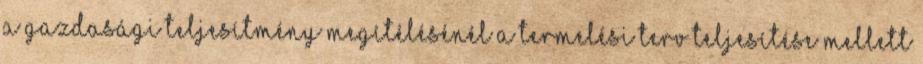
a gazdasági teljesítmény megítélésénél a termelési terv teljesítése mellett